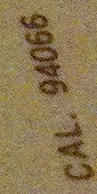
CAL. 94066